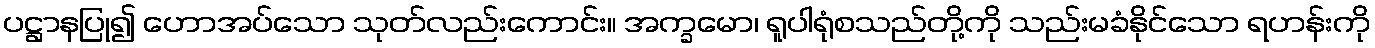
ပဋ္ဌာနပြု၍ ဟောအပ်သော သုတ်လည်းကောင်း။ အက္ခမော၊ ရူပါရုံစသည်တို့ကို သည်းမခံနိုင်သော ရဟန်းကို